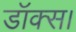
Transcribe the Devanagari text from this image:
डॉक्स।